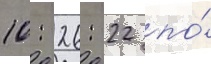
10: 26: 22 по́